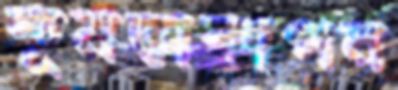
কুমড়াকাপন